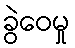
ခွဲဝေမှု